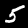
Label: 5